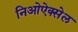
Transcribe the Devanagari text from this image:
निओऐक्सेल